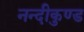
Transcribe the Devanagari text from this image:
नन्दीकुण्ड